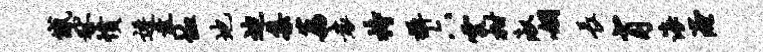
憾秫愤逶幸恤地迪集荔袁持摄六云柑淑姻长肖海淹